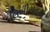
લિબીયનના